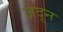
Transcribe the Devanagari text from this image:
जदून